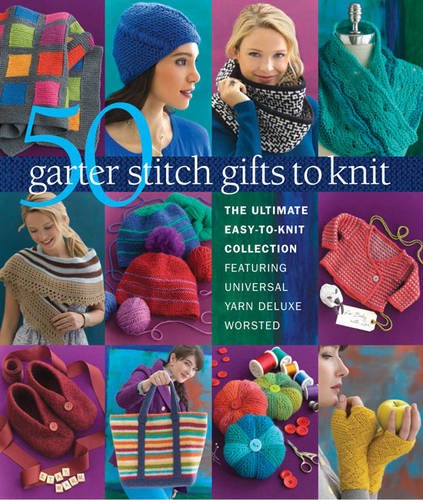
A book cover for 50 Garter Stitch Gifts to Knit: The Ultimate Easy-to-Knit Collection Featuring Universal Yarn Deluxe Worsted; Crafts, Hobbies & Home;